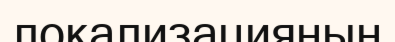
локализацияның